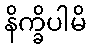
နိက္ခိပါမိ